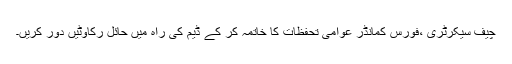
چیف سیکرٹری ،فورس کمانڈر عوامی تحفظات کا خاتمہ کر کے ڈیم کی راہ میں حائل رکاوٹیں دور کریں۔